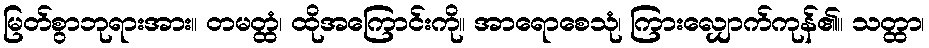
မြတ်စွာဘုရားအား။ တမတ္ထံ၊ ထိုအကြောင်းကို။ အာရောစေသုံ၊ ကြားလျှောက်ကုန်၏။ သတ္ထာ၊